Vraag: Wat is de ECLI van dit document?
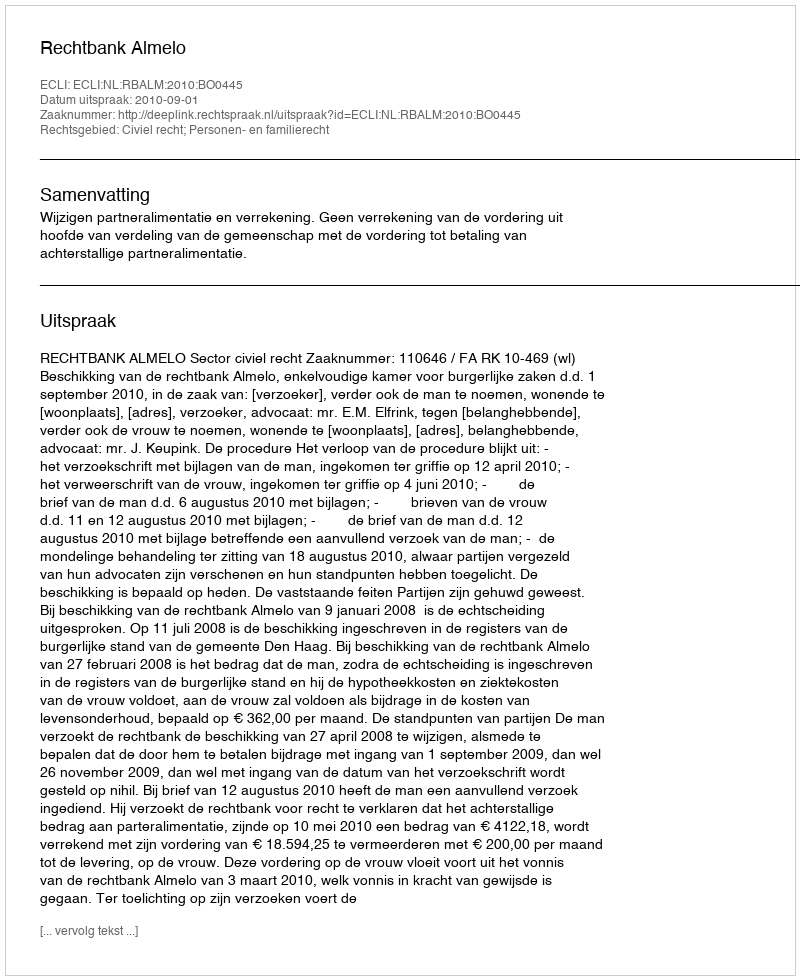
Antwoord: ECLI:NL:RBALM:2010:BO0445